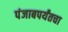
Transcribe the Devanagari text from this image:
पंजाबपर्यंतचा